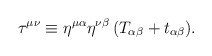
\begin{align*}\tau^{\mu\nu} \equiv \eta^{\mu \alpha} \eta^{\nu\beta}\,(T_{\alpha\beta}+t_{\alpha\beta}). \end{align*}